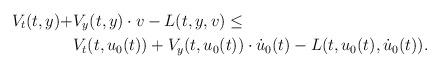
LaTeX: \begin{align*} V_t(t,y) + &V_y(t,y) \cdot v - L(t,y,v) \leq \\ &V_t(t,u_0(t)) + V_y(t, u_0(t)) \cdot \dot{u}_0(t) - L(t,u_0(t),\dot{u}_0(t)). \end{align*}